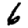
Digit: 6